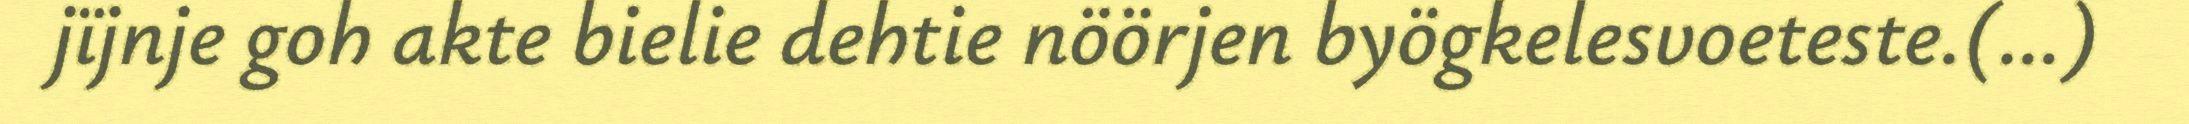
jïjnje goh akte bielie dehtie nöörjen byögkelesvoeteste.(…)